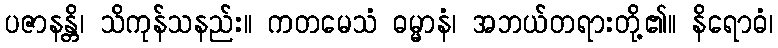
ပဇာနန္တိ၊ သိကုန်သနည်း။ ကတမေသံ ဓမ္မာနံ၊ အဘယ်တရားတို့၏။ နိရောဓံ၊